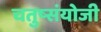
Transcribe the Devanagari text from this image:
चतुष्संयोजी